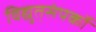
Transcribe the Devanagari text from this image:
विद्युत्‌संपर्को